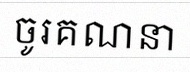
ចូរគណនា